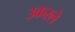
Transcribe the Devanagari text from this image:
उकरले